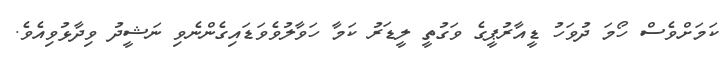
ކަމަށްވެސް ހޯމަ ދުވަހު ޑީއާރުޕީގެ ވަގުތީ ލީޑަރު ކަމާ ހަވާލުވެވަޑައިގެންނެވި ނަޝީދު ވިދާޅުވިއެވެ.